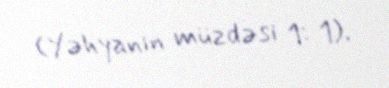
(Yəhyanın müzdəsi 1: 1).